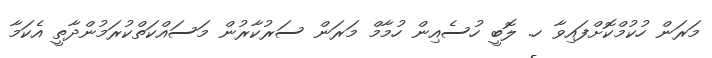
މަރަން ހުކުމްކޮށްފައިވާ ހ. ލޮބީ ހުސެއިން ހުމާމް މަރަން ސަރުކާރުން މަސައްކަތްކުރަމުންދާތީ އެކަމާ